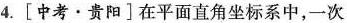
4.[中考·贵阳]在平面直角坐标系中，一次